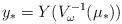
LaTeX: \begin{align*}y_* = Y(V_\omega^{-1}(\mu_*))\end{align*}